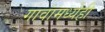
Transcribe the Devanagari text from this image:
गावांमध्येही